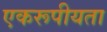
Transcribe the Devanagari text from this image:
एकरूपीयता